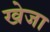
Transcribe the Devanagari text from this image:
खेजा